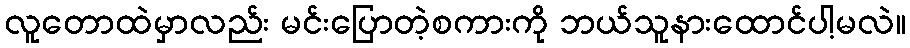
လူတောထဲမှာလည်း မင်းပြောတဲ့စကားကို ဘယ်သူနားထောင်ပါ့မလဲ။